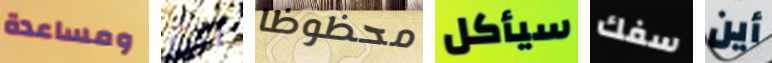
ومساعدة أكن محظوظا سيأكل سفك أين